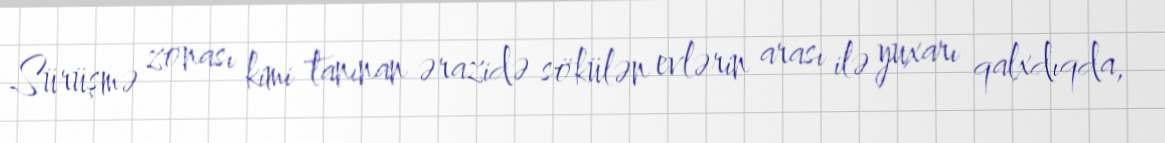
Sürüşmə zonası kimi tanınan ərazidə sökülən evlərin arası ilə yuxarı qalxdıqda,